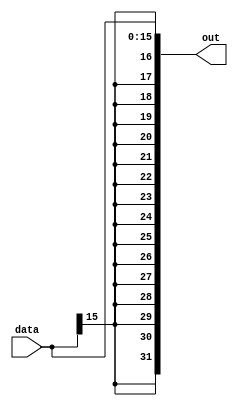
`timescale 1ns / 1ps

module signextended_16_32(
	input [15:0] data,
	output [31:0] out
    );
	assign out = {{16{data[15]}}, data};

endmodule